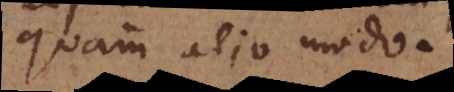
quam alio modo.